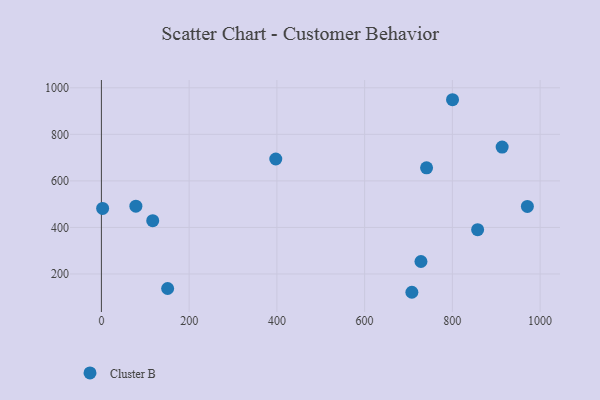
{"axis": {"x": "Distance", "y": "Rating"}, "legend": ["Cluster B"], "data": [{"x": "2.8", "y": 481.9, "type": "Cluster B"}, {"x": "971.0", "y": 490.3, "type": "Cluster B"}, {"x": "707.7", "y": 121.4, "type": "Cluster B"}, {"x": "913.5", "y": 745.4, "type": "Cluster B"}, {"x": "800.4", "y": 948.8, "type": "Cluster B"}, {"x": "78.6", "y": 491.5, "type": "Cluster B"}, {"x": "397.5", "y": 694.0, "type": "Cluster B"}, {"x": "728.4", "y": 253.7, "type": "Cluster B"}, {"x": "117.0", "y": 429.2, "type": "Cluster B"}, {"x": "741.2", "y": 656.3, "type": "Cluster B"}, {"x": "857.6", "y": 390.5, "type": "Cluster B"}, {"x": "151.0", "y": 137.7, "type": "Cluster B"}]}